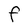
Character: F